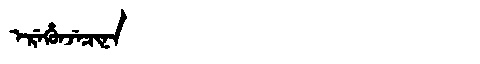
Manchu: ᡝᡵᡝᡥᡠᠨᠵᡝᠴᡳᠨᠠ
Romanization: EREHUNJECINA